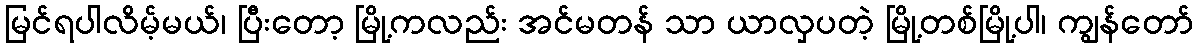
မြင်ရပါလိမ့်မယ်၊ ပြီးတော့ မြို့ကလည်း အင်မတန် သာ ယာလှပတဲ့ မြို့တစ်မြို့ပါ၊ ကျွန်တော်